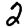
Digit: 2